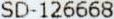
SD-126668